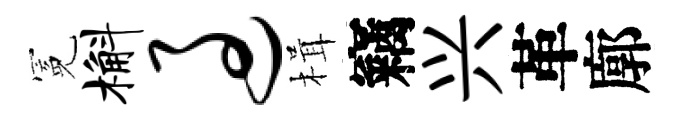
冕槲过楫竊兴革廓